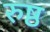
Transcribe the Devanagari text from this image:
रुष्ठ